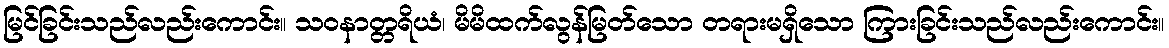
မြင်ခြင်းသည်လည်းကောင်း။ သဝနာတ္တရိယံ၊ မိမိထက်လွန်မြတ်သော တရားမရှိသော ကြားခြင်းသည်လည်းကောင်း။